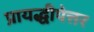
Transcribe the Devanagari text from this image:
प्रायद्धीपेत्तर